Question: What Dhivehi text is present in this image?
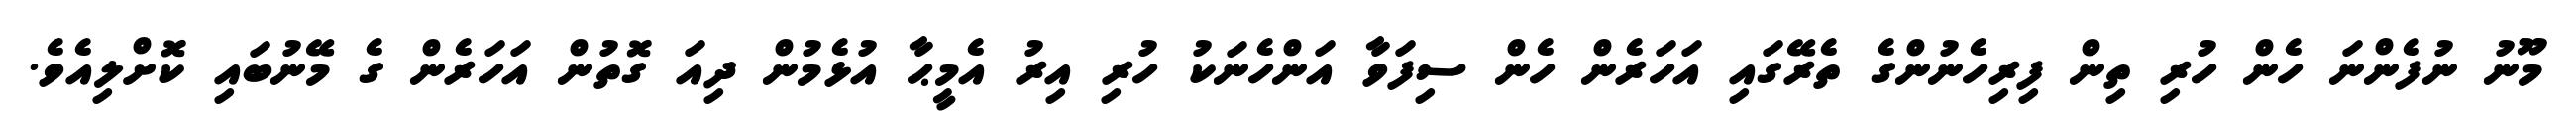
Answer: މޫނު ނުފެންނަ ހެން ހުރި ތިން ފިރިހެނުންގެ ތެރޭގައި އަހަރެން ހެން ސިފަވާ އަންހެނަކު ހުރި އިރު އެމީޙާ އުޅެމުން ދިއަ ގޮތުން އަހަރެން ގެ މޭނުބައި ކޮށްލިއެވެ.